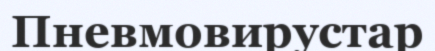
Пневмовирустар